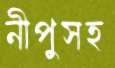
নীপুসহ